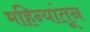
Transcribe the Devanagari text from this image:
महिन्‍यांतून